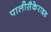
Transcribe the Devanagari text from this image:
पालीसैकेराइड